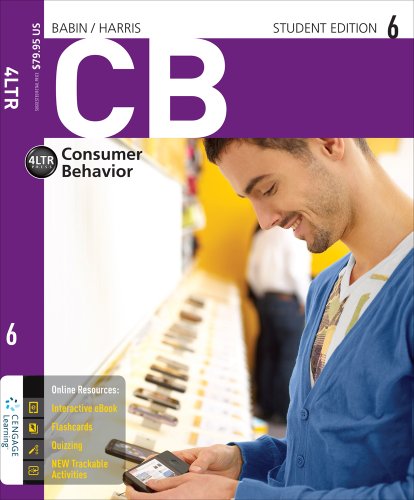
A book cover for CB 6 (with CourseMate Printed Access Card) (New, Engaging Titles from 4LTR Press); Barry J. Babin; Business & Money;